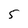
Character: 5